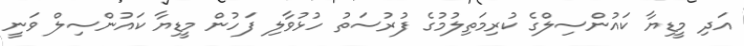
އަދި މީޑިޔާ ކައުންސިލްގެ ކުރިމަތިލުމުގެ ފުރުސަތު ހުޅުވާލި ފަހުން މީޑިޔާ ކައުންސިލް ވަނީ